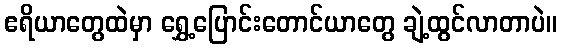
ဧရိယာတွေထဲမှာ ရွှေ့ပြောင်းတောင်ယာတွေ ချဲ့ထွင်လာတာပဲ။